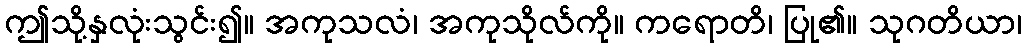
ဤသို့နှလုံးသွင်း၍။ အကုသလံ၊ အကုသိုလ်ကို။ ကရောတိ၊ ပြု၏။ သုဂတိယာ၊